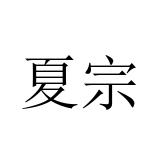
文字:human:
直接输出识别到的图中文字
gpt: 夏宗